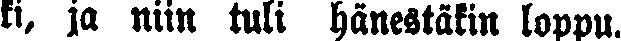
ki, ja niin tuli hänestäkin loppu.